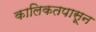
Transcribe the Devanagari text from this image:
कालिकतपासून